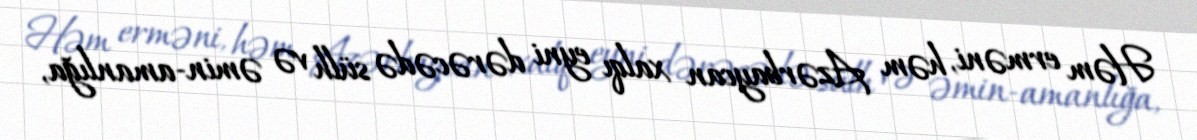
Həm erməni, həm Azərbaycan xalqı eyni dərəcədə sülh və əmin-amanlığa,